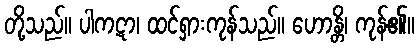
တို့သည်။ ပါကဋာ၊ ထင်ရှားကုန်သည်။ ဟောန္တိ၊ ကုန်၏။